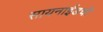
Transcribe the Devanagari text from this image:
सायनाईडची